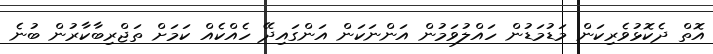
އޮތް ދެކޮޅުވެރިކަން މަޑުމަޑުން ހައްލުވަމުން އަންނަކަން އަންގައިދޭ ހެއްކެއް ކަމަށް ތަޖްރިބާކާރުން ބުނެ